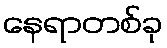
နေရာတစ်ခု